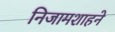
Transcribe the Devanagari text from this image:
निजामशाहने